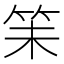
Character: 𬔴